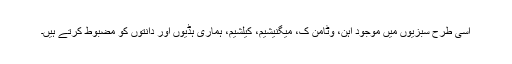
اسی طرح سبزیوں میں موجود آہن، وٹامن ک، میگنیشیم، کیلشیم، ہماری ہڈیوں اور دانتوں کو مضبوط کرتے ہیں۔